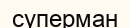
суперман